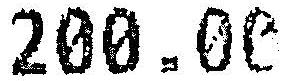
200.00